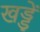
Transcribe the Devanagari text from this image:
खड्डें